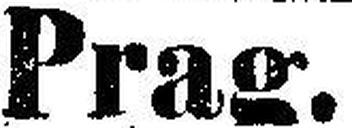
Prag.